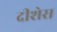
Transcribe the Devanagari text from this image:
दीशेस